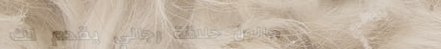
صالون حلاقة رجالي يقدم لك